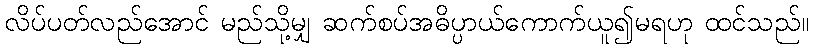
လိပ်ပတ်လည်အောင် မည်သို့မျှ ဆက်စပ်အဓိပ္ပာယ်ကောက်ယူ၍မရဟု ထင်သည်။